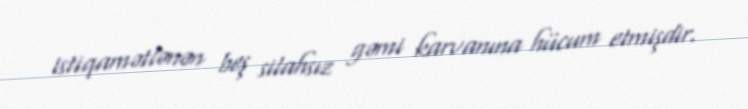
istiqamətlənən beş silahsız gəmi karvanına hücum etmişdir.